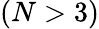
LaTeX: (N>3)